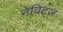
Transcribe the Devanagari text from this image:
नेविट्ज़